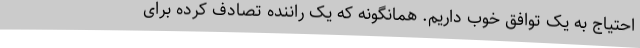
احتیاج به یک توافق خوب داریم. همانگونه که یک راننده تصادف کرده برای